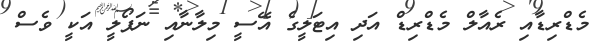
މެޑްރިޑާއި ރެއާލް މެޑްރިޑް އަދި އިޓަލީގެ އޭސީ މިލާނާއި ނަޕޯލީ އަކީ ވެސް